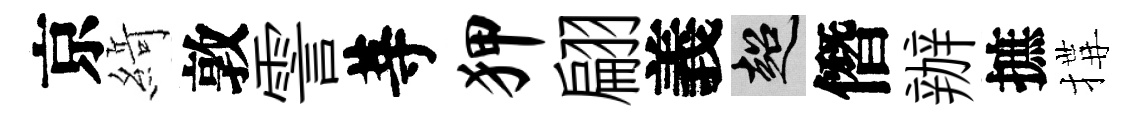
京𦂶敦霅䓁狎翩義超僭辦摭搆